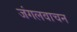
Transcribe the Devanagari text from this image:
जंगलवाचन